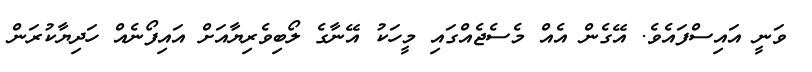
ވަނީ އައިސްފައެވެ. އޭގެން އެއް މެސެޖެއްގައި މީހަކު އޭނާގެ ލޯބިވެރިޔާއަށް އައިފޯނެއް ހަދިޔާކުރަން